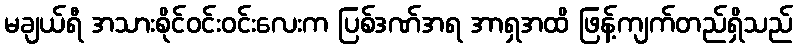
မချယ်ရီ အသားစိုင်ဝင်းဝင်းလေးက ပြစ်ဒဏ်အရ အာရှအထိ ဖြန့်ကျက်တည်ရှိသည်